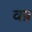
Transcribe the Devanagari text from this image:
वष्र